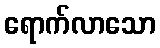
ရောက်လာသော